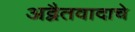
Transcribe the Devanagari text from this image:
अद्वैतवादाचे